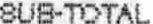
SUB-TOTAL